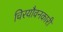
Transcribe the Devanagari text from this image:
चिरयौवनकारी